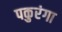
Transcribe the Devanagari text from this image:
पकुरंगा